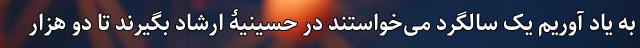
به یاد آوریم یک سالگرد می‌خواستند در حسینیۀ ارشاد بگیرند تا دو هزار